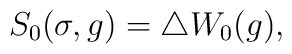
S_{0}(\sigma,g) = \triangle W_{0}(g) ,